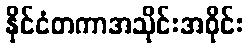
နိုင်ငံတကာအသိုင်းအဝိုင်း